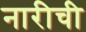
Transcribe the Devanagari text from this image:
नारीची